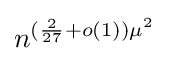
n^{({\frac {2}{27}}+o(1))\mu ^{2}}